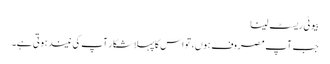
بیوٹی ریسٹ لینا
جب آپ مصروف ہوں، تو اس کاپہلا شکار آپ کی نیند ہوتی ہے۔